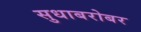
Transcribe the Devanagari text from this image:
सुधाबरोबर